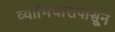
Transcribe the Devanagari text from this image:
व्याभिचारापासून